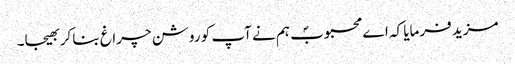
مزید فرمایا کہ اے محبوبؐ ہم نے آپ کو روشن چراغ بنا کر بھیجا۔